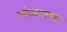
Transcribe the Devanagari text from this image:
अंकातला